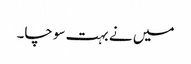
میں نے بہت سوچا۔